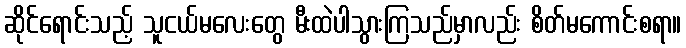
ဆိုင်ရောင်းသည့် သူငယ်မလေးတွေ မီးထဲပါသွားကြသည်မှာလည်း စိတ်မကောင်းစရာ။